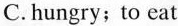
C. hungry;to eat